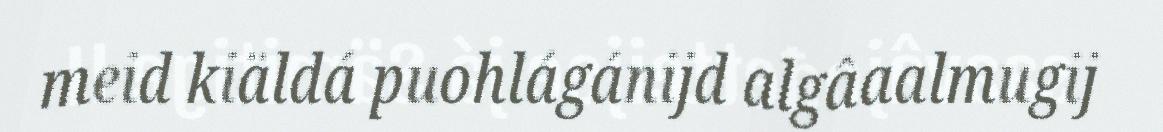
meid kiäldá puohlágánijd algâaalmugij